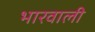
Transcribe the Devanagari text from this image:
भारवाली